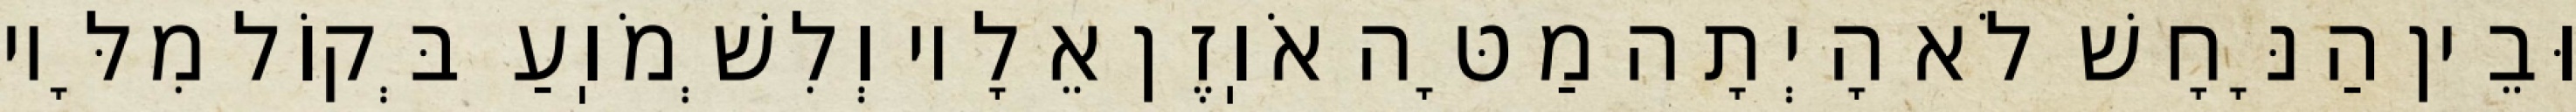
וּבֵין הַנָּחָשׁ לֹא הָיְתָה מַטָּה אֹוֽזֶן אֵלָיו וְלִשְׁמֹוֽעַ בְּקוֹל מִלָּיו